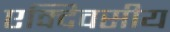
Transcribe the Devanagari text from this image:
एक्दिवसीय